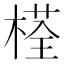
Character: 𣗎